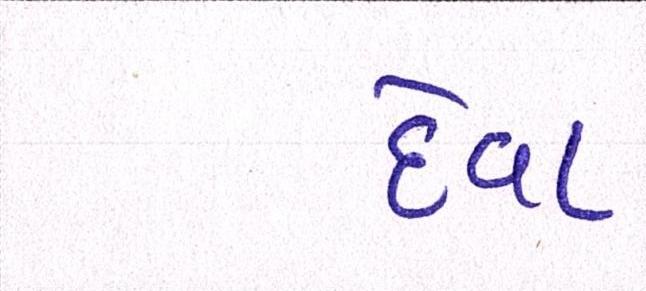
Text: દેવા